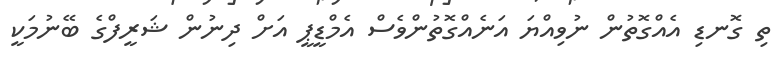
ތި ގޮނޑި އެއްގޮތުން ނުވިއްޔަ އަނެއްގޮތުންވެސް އެމްޑީޕީ އަށް ދިނުން ޝަރީފްގެ ބޭނުމަކީ